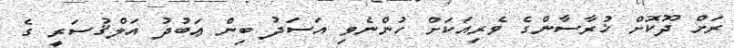
ރަށް ދޫކޮށް ޚުރާސާންގެ ވެރިއަކަށް ހުންނެވި އަސަދު ބިން ޢަބުދު އަލްޤުސަރީ ގެ